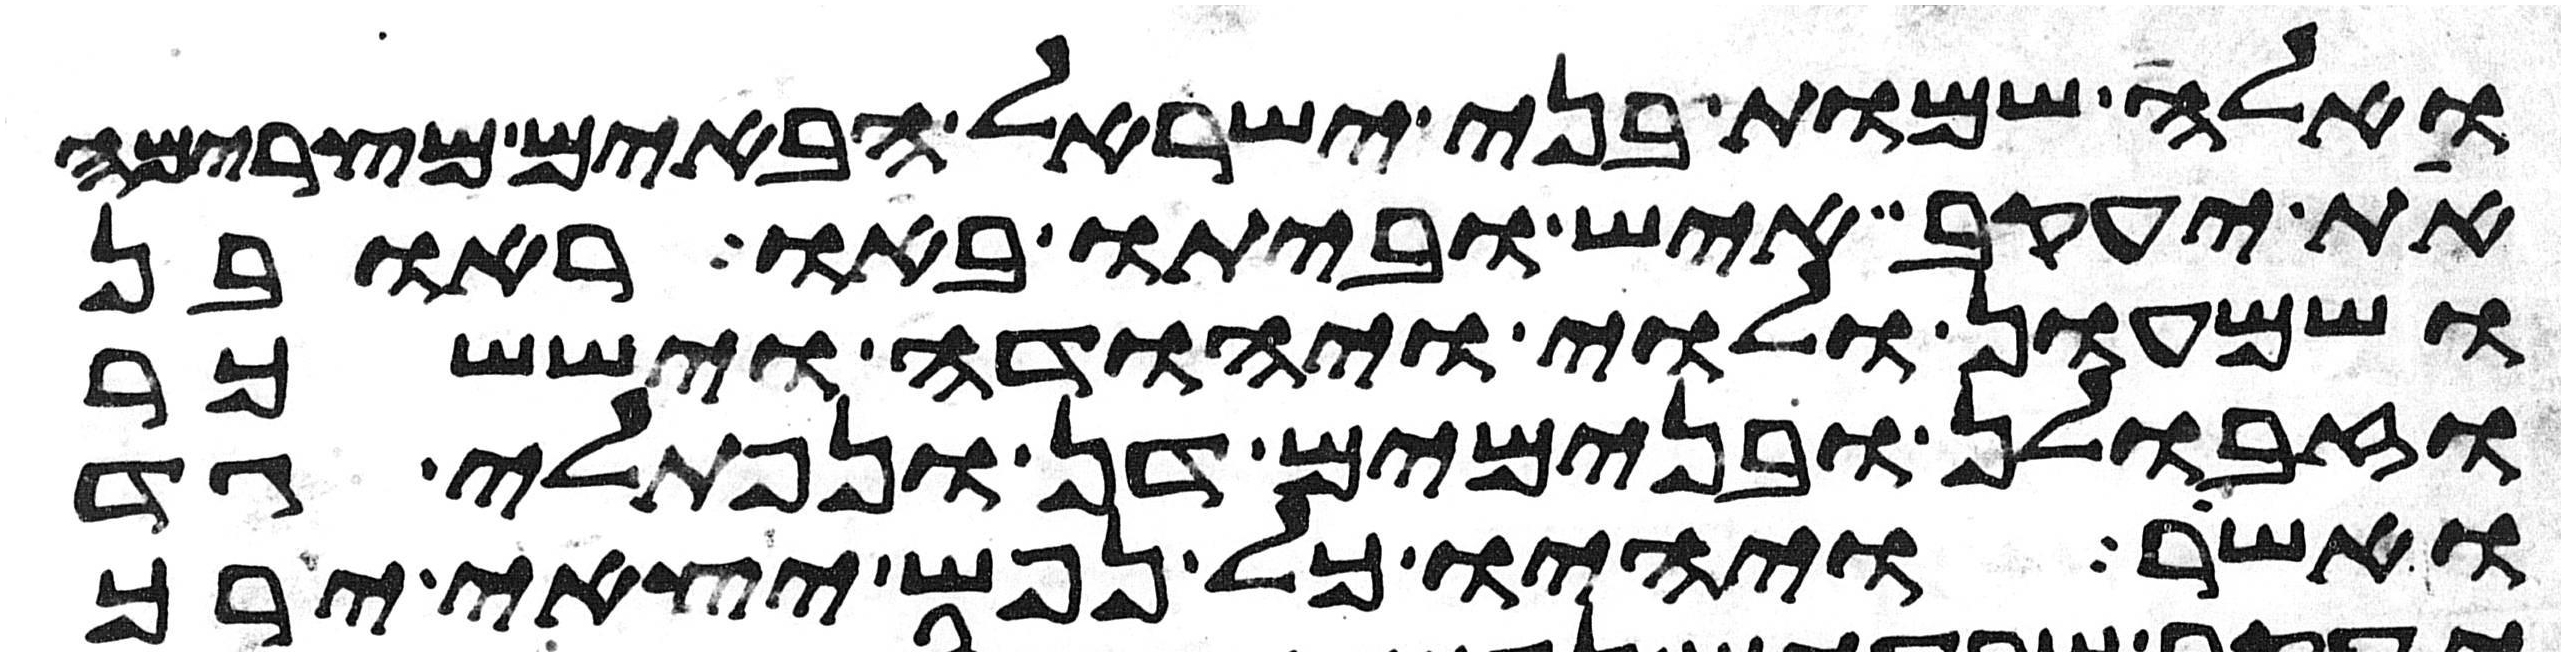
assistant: ואלה שמות בני ישראל הבאים מצרימה
את יעקב איש וביתו באו ראובן
ושמעון ולוי ויהודה ויששכר
וזבולן ובנימים דן ונפתלי גד
ואשר ויהיו כל נפש יצאי ירך